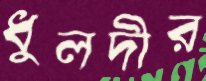
ধুলদীর